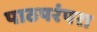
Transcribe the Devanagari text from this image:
पाठपरंपरा